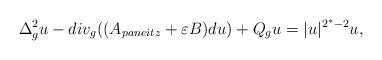
LaTeX: \begin{align*}\Delta^2_g u -div_g ((A_{paneitz}+\varepsilon B)du) +Q_g u =|u|^{2^\ast -2}u,\end{align*}